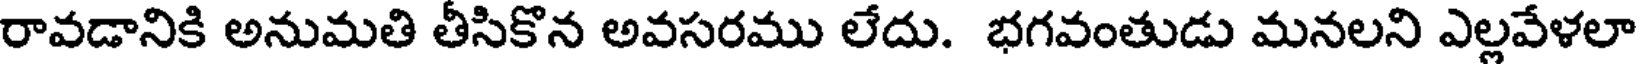
రావడానికి అనుమతి తీసికొన అవసరము లేదు. భగవంతుడు మనలని ఎల్లవేళలా